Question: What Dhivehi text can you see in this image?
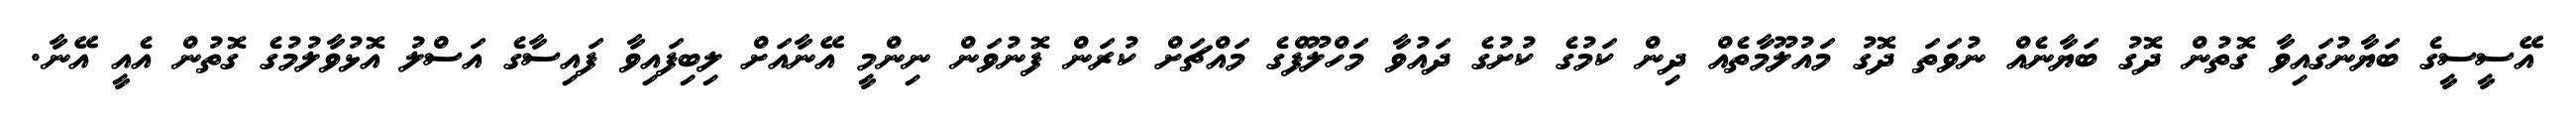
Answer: އޭސީސީގެ ބަޔާނުގައިވާ ގޮތުން ދޮގު ބަޔާނެއް ނުވަތަ ދޮގު މައުލޫމާތެއް ދިން ކަމުގެ ކުށުގެ ދައުވާ މަހްލޫފްގެ މައްޗަށް ކުރަން ފޮނުވަން ނިންމީ އޭނާއަށް ލިބިފައިވާ ފައިސާގެ އަސްލު އޮޅުވާލުމުގެ ގޮތުން އެއީ އޭނާ.